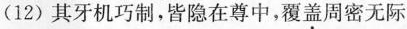
(12)其牙机巧制，皆隐在尊中，覆盖周密无际